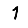
Digit: 1